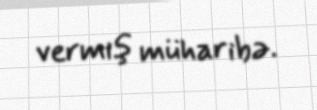
vermiş müharibə.